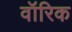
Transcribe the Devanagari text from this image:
वॉरिक